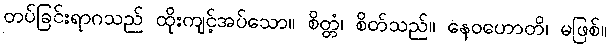
တပ်ခြင်းရာဂသည် ထိုးကျင့်အပ်သော။ စိတ္တံ၊ စိတ်သည်။ နေဝဟောတိ၊ မဖြစ်။